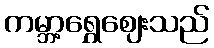
ကမ္ဘာ့ရွှေဈေးသည်